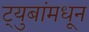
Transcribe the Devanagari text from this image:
ट्युबांमधून